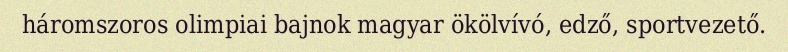
háromszoros olimpiai bajnok magyar ökölvívó, edző, sportvezető.